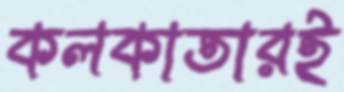
কলকাতারই